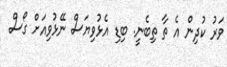
ވަރު ކުދިން އެ ތާ ތިބެނީ. ބިޑި އެޅުވިޔަސް ނޭޅުވިއަށް ގޯސް